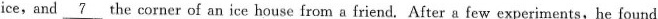
ice,and \underline{7} the corner of an ice house from a friend. After a few experiments, he found